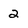
Character: 2